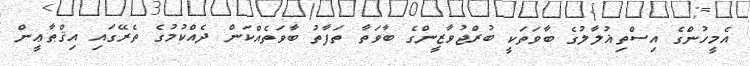
އެމީހުންގެ އިސްތިޣުލާލުގެ ބާވަތަކީ ބުރްޖުވާޒީންގެ ބާވަތާ ތަފާތު ބާވަތެއްކަން ދެއްކުމުގެ ތެރޭގައި އިޤްޠާޢީން